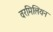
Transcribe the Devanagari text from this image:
वरमिलियन